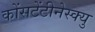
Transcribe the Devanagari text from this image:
कोंसटेंटीनेस्क्यु